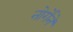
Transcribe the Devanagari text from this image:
नोर्गेने